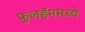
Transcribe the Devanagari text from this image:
फुलहॅममध्ये